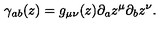
\gamma _ { a b } ( z ) = g _ { \mu \nu } ( z ) \partial _ { a } z ^ { \mu } \partial _ { b } z ^ { \nu } .